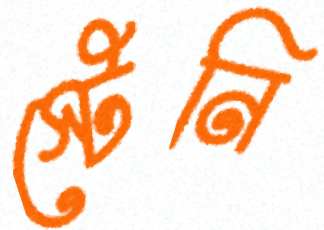
স্টেনি